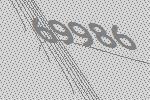
69986